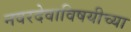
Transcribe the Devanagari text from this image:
नवरदेवाविषयीच्या